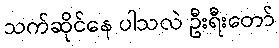
သက်ဆိုင်နေ ပါသလဲ ဦးရီးတော်